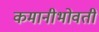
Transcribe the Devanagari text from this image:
कमानीभोवती